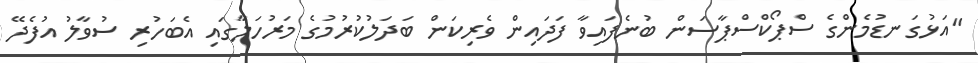
"އަޅުގަނޑުމެންގެ ސްޕޯކްސްޕާސަން ބުނެފައިވާ ފަދައިން ވެރިކަން ބަދަލުކުރުމުގެ މަރުހަލާގައި އެބަހުރި ސުވާލު އުފެދޭ